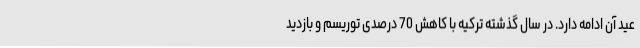
عید آن ادامه دارد. در سال گذشته ترکیه با کاهش 70 درصدی توریسم و بازدید